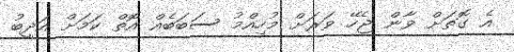
އެ ގޮތަށް ވާން ޖެހޭ ވަރަށް މުހިއްމު ސަބަބެއް އޮތް ކަމަށް އަދީބު